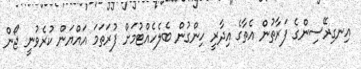
އިނގިރޭސިންގެ ފަރާތުން އެތާގެ އިދާރީ ހިންގުން ބެލެހެއްޓުމަށް ފުރަތަމަ އައްޔަން ކުރެވުނީ ޖޯން